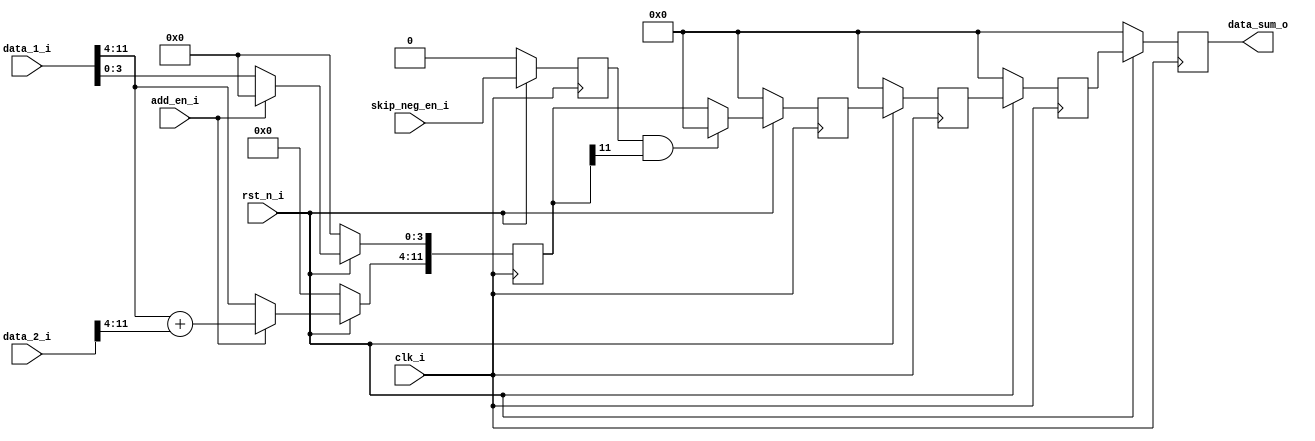
//**************************************************************************************************
// Project/Product : IDCT
// Description     : Inverse Discrete Cosine Transform 
//                   row and column 1D IDCT operation 
//                   with 3 stage pipeline in each 1D IDCT
// Dependencies    : global_defs.v, global_func.v, synch_fifo.v
// References      : 
//
//**************************************************************************************************
   
`timescale 1ns / 1ps

module add_en_12(
	clk_i,
	rst_n_i,

	data_1_i,
	data_2_i,
	data_sum_o,

	add_en_i,
	skip_neg_en_i
);


//----------------------------------------------------------------------------------------------------------------------
// Global constant and function headers
//----------------------------------------------------------------------------------------------------------------------

//----------------------------------------------------------------------------------------------------------------------
// parameter definitions
//----------------------------------------------------------------------------------------------------------------------

//----------------------------------------------------------------------------------------------------------------------
// localparam definitions
//----------------------------------------------------------------------------------------------------------------------

//----------------------------------------------------------------------------------------------------------------------
// I/O signals
//----------------------------------------------------------------------------------------------------------------------

	// System Clock Signals
	input 															clk_i;
	input 															rst_n_i;

	input 				[11:0] 										data_1_i;
	input 				[11:0] 										data_2_i;
	output 	reg 		[11:0] 										data_sum_o;

	input 															add_en_i;
	input 															skip_neg_en_i;

//----------------------------------------------------------------------------------------------------------------------
// Internal wires and registers
//----------------------------------------------------------------------------------------------------------------------
			
	reg 				[11:0] 										r_add_1;
	reg 				[11:0] 										r_add_2;
	reg 				[11:0] 										r_add_3;
	reg 				[11:0] 										r_add_4;

	reg 															r_skip;

//----------------------------------------------------------------------------------------------------------------------
// Implmentation
//----------------------------------------------------------------------------------------------------------------------

	always @(posedge clk_i) begin 
		if(~rst_n_i) begin
			r_add_1 <= 0;
		end 
		else if(add_en_i) begin
			r_add_1[11:4] <= data_1_i[11:4] + data_2_i[11:4];
			r_add_1[3:0] <= 0;
		end
		else begin
			r_add_1 <= data_1_i;
		end
	end

	  always @(posedge clk_i) begin  : SKIP
	  	if(~rst_n_i) begin
	  		r_skip <= 0;
	  	end else begin
	  		r_skip <= skip_neg_en_i;
	  	end
	  end
//  
	  always @(posedge clk_i) begin : ADD_1
	  	if(~rst_n_i) begin
	  		r_add_2 <= 0;
	  	end 
	  	else if(r_skip && r_add_1[11:11] == 1) begin
	  		r_add_2 <= 0;
	  	end
	  	else begin
	  		r_add_2 <= r_add_1;
	  	end
	  end
//  
	  always @(posedge clk_i) begin : SUM
	  	if(~rst_n_i) begin
	  		r_add_3 <= 0;
	  		r_add_4 <= 0;
	  		data_sum_o <= 0;
	  	end 
	  	else begin
	  		r_add_3 <= r_add_2;
	  		r_add_4 <= r_add_3;
	  		data_sum_o <= r_add_4;
	  	end
	  end

//----------------------------------------------------------------------------------------------------------------------
// Sub module instantiation
//----------------------------------------------------------------------------------------------------------------------

	
endmodule